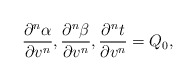
\begin{align*} \frac{\partial^n\alpha}{\partial v^n},\frac{\partial^n\beta}{\partial v^n},\frac{\partial^nt}{\partial v^n}=Q_0,\end{align*}